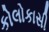
કોલોકાસી